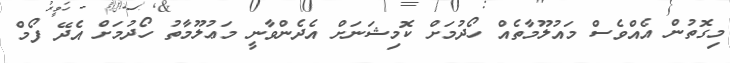
މިގޮތުން އެއްވެސް މައުލޫމާތެއް ހޯދުމަށް ކޮމިޝަނަށް އެދެންވާނީ މަޢުލޫމާތު ހޯދުމަށް އެދޭ ފޯމް